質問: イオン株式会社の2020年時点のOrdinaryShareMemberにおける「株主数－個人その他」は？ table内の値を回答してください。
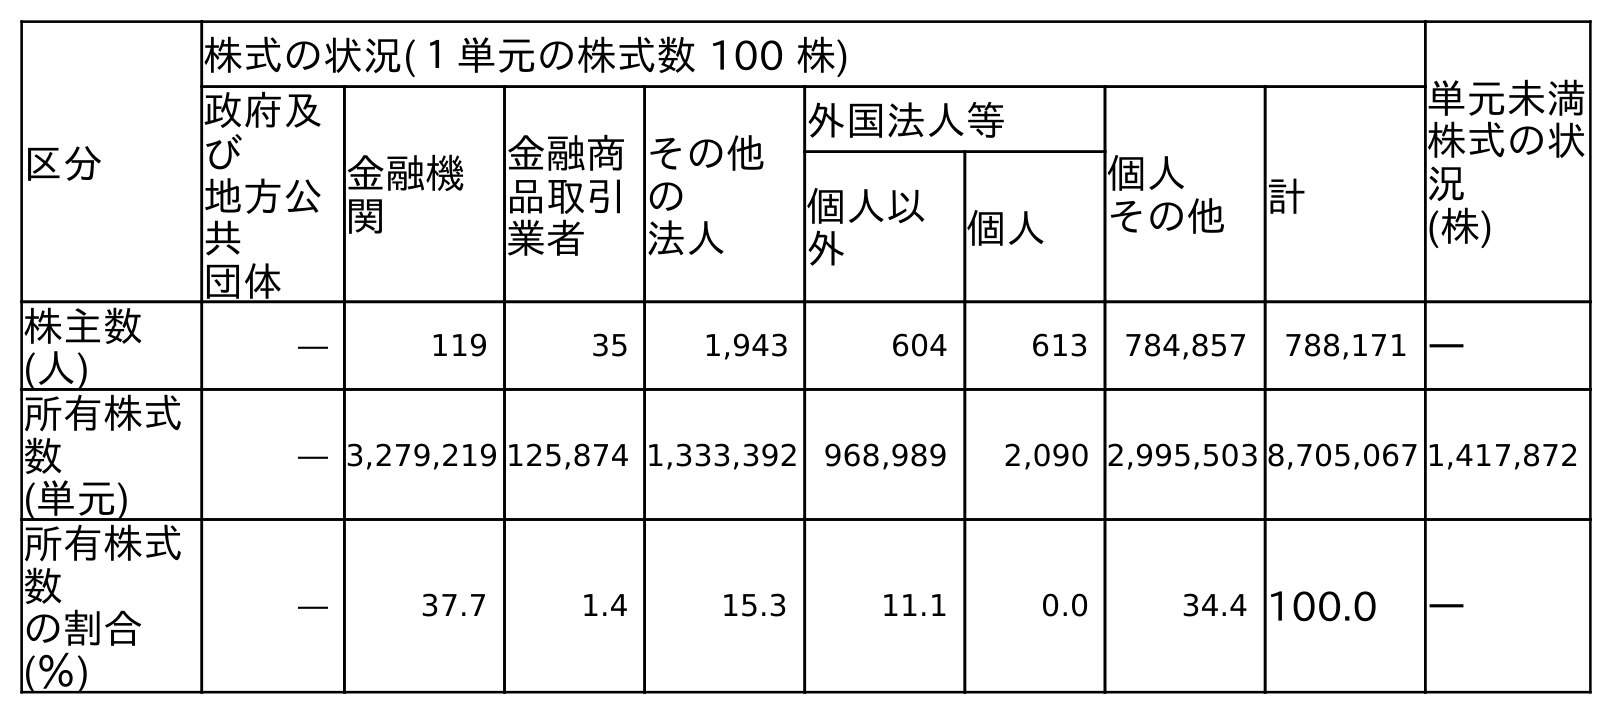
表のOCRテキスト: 区分 株式の状況(１単元の株式数 100 株) 単元未満 株式の状 況 (株) 政府及 び 地方公 共 団体 金融機 関 金融商 品取引 業者 その他 の 法人 外国法人等 個人 その他 計 個人以 外 個人 株主数 (人) ― 119 35 1,943 604 613 784,857 788,171 ― 所有株式 数 (単元) ― 3,279,219 125,874 1,333,392 968,989 2,090 2,995,503 8,705,067 1,417,872 所有株式 数 の割合 (％) ― 37.7 1.4 15.3 11.1 0.0 34.4 100.0 ―
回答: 784,857